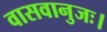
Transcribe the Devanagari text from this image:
वासवानुजः।